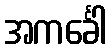
အကင်္ခေါ